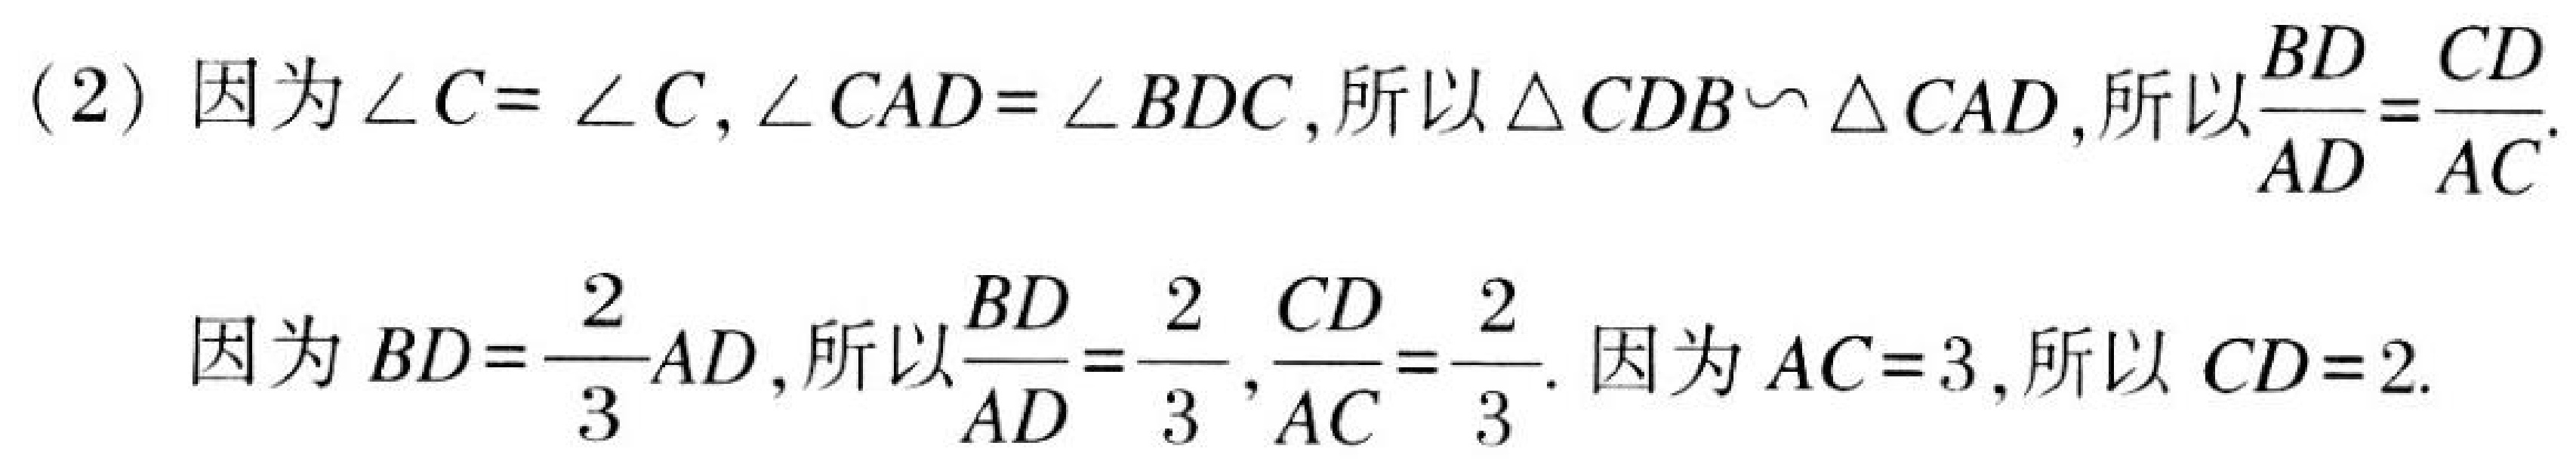
(2) 因为\(\angle C = \angle C,\angle CAD=\angle BDC\), 所以\(\triangle CDB\sim\triangle CAD\), 所以\(\frac{BD}{AD}=\frac{CD}{AC}\).
因为\(BD = \frac{2}{3}AD\), 所以\(\frac{BD}{AD}=\frac{2}{3},\frac{CD}{AC}=\frac{2}{3}\). 因为\(AC = 3\), 所以\(CD = 2\).